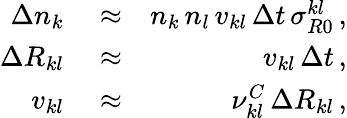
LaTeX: \begin{array}{rlr}{\Delta n_{k}}&{{}\approx}&{n_{k}\, n_{l}\, v_{kl}\, \Delta t\, \sigma_{R0}^{kl}\, ,}\\ {\Delta R_{kl}}&{{}\approx}&{v_{kl}\, \Delta t\, ,}\\ {v_{kl}}&{{}\approx}&{\nu_{kl}^{C}\, \Delta R_{kl}\, ,}\end{array}